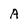
Character: A